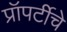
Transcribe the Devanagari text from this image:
प्रॉपर्टीचे